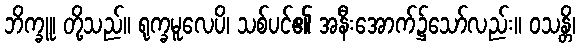
ဘိက္ခူ၊ တို့သည်။ ရုက္ခမူလေပိ၊ သစ်ပင်၏ အနီးအောက်၌သော်လည်း။ ဝသန္တိ၊